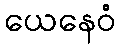
ယေနေဝံ